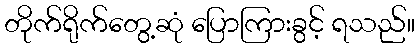
တိုက်ရိုက်တွေ့ဆုံ ပြောကြားခွင့် ရသည်။